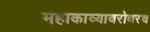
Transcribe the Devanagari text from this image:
महाकाव्याबरोबरच